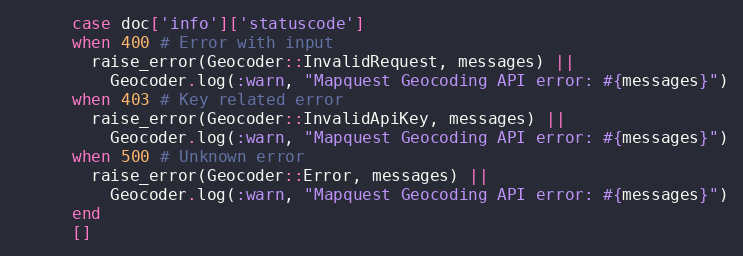
Language: Ruby
      case doc['info']['statuscode']
      when 400 # Error with input
        raise_error(Geocoder::InvalidRequest, messages) ||
          Geocoder.log(:warn, "Mapquest Geocoding API error: #{messages}")
      when 403 # Key related error
        raise_error(Geocoder::InvalidApiKey, messages) ||
          Geocoder.log(:warn, "Mapquest Geocoding API error: #{messages}")
      when 500 # Unknown error
        raise_error(Geocoder::Error, messages) ||
          Geocoder.log(:warn, "Mapquest Geocoding API error: #{messages}")
      end
      []